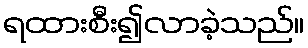
ရထားစီး၍လာခဲ့သည်။